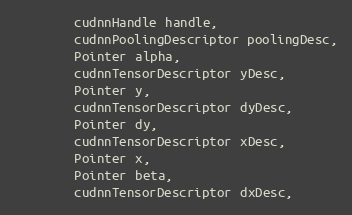
Language: Java
        cudnnHandle handle,
        cudnnPoolingDescriptor poolingDesc,
        Pointer alpha,
        cudnnTensorDescriptor yDesc,
        Pointer y,
        cudnnTensorDescriptor dyDesc,
        Pointer dy,
        cudnnTensorDescriptor xDesc,
        Pointer x,
        Pointer beta,
        cudnnTensorDescriptor dxDesc,